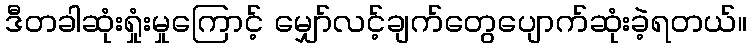
ဒီတခါဆုံးရှုံးမှုကြောင့် မျှော်လင့်ချက်တွေပျောက်ဆုံးခဲ့ရတယ်။